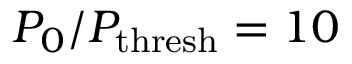
P _ { 0 } / P _ { \mathrm { t h r e s h } } = 1 0